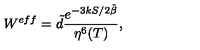
W ^ { e f f } = \tilde { d } \frac { e ^ { { - 3 k S } / { 2 \tilde { \beta } } } } { \eta ^ { 6 } ( T ) } ,